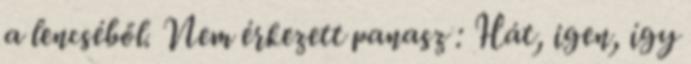
a lencséből. Nem érkezett panasz : Hát, igen, így